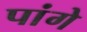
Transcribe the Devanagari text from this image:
पांगे